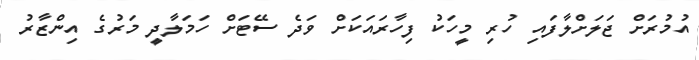
އުމުރަށް ޖަލަށްލާފައި ހުރި މީހަކު ފިހާރައަކަށް ވަދެ ސޭޓަށް ހަމަލާދީ މަރުގެ އިންޒާރު